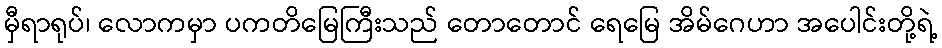
မှီရာရုပ်၊ လောကမှာ ပကတိမြေကြီးသည် တောတောင် ရေမြေ အိမ်ဂေဟာ အပေါင်းတို့ရဲ့